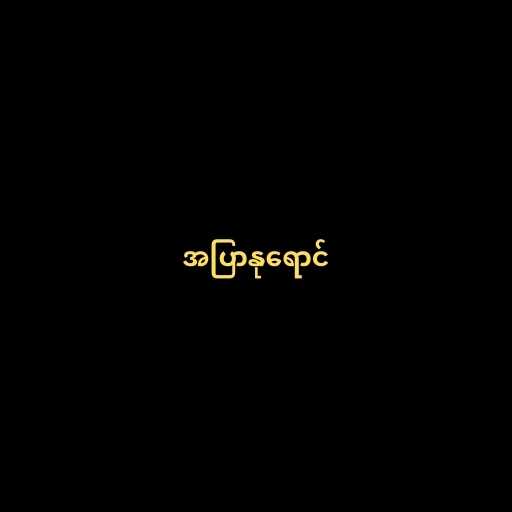
အပြာနုရောင်